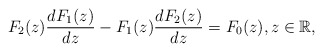
\begin{align*}F_2(z)\frac{dF_1(z)}{dz}- F_1(z)\frac{dF_2(z)}{dz}=F_0(z),z\in\mathbb R,\end{align*}